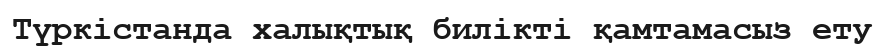
Түркістанда халықтық билікті қамтамасыз ету